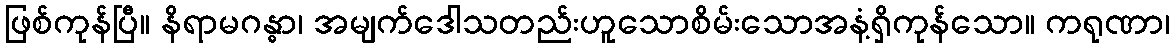
ဖြစ်ကုန်ပြီ။ နိရာမဂန္ဓာ၊ အမျက်ဒေါသတည်းဟူသောစိမ်းသောအနံ့ရှိကုန်သော။ ကရုဏာ၊